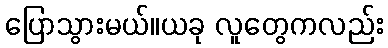
ပြောသွားမယ်။ယခု လူတွေကလည်း